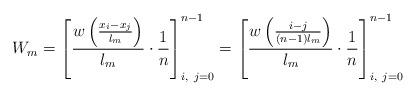
LaTeX: \begin{align*} W_m=\left[\frac{w\left(\frac{x_i-x_j}{l_m}\right)}{l_m}\cdot \frac{1}{n}\right]_{i,\ j=0}^{n-1}=\left[\frac{w\left(\frac{i-j}{(n-1)l_m}\right)}{l_m}\cdot \frac{1}{n}\right]_{i,\ j=0}^{n-1}\end{align*}